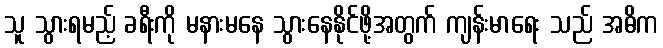
သူ သွားရမည့် ခရီးကို မနားမနေ သွားနေနိုင်ဖို့အတွက် ကျန်းမာရေး သည် အဓိက